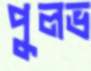
পুলভ